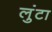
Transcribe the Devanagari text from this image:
लुंटा